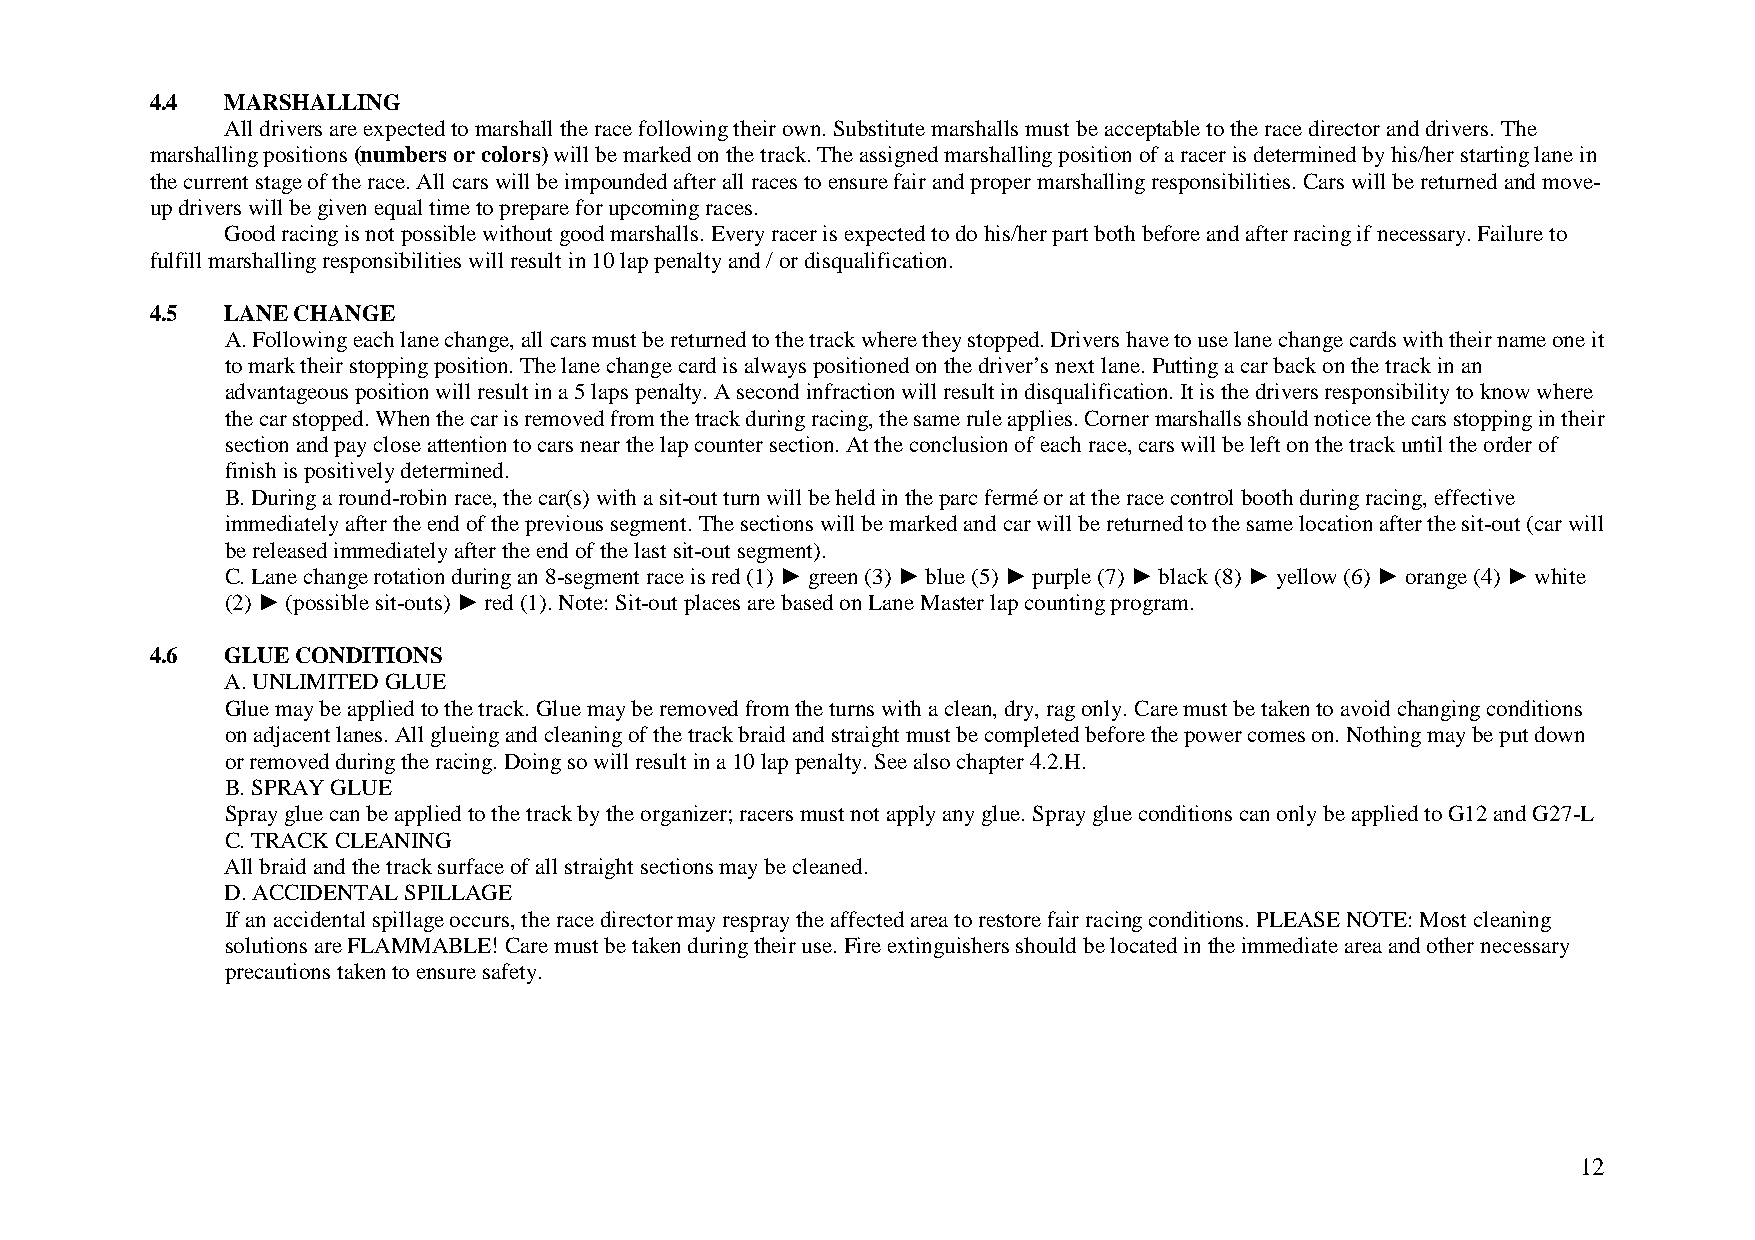
4.4  MARSHALLING
 All drivers are expected to marshall the race following their own. Substitute marshalls must be acceptable to the race director and drivers. The
 marshalling positions (numbers or colors) will be marked on the track. The assigned marshalling position of a racer is determined by his/her starting lane in
 the current stage of the race. All cars will be impounded after all races to ensure fair and proper marshalling responsibilities. Cars will be returned and move-
 up drivers will be given equal time to prepare for upcoming races.
 Good racing is not possible without good marshalls. Every racer is expected to do his/her part both before and after racing if necessary. Failure to
 fulfill marshalling responsibilities will result in 10 lap penalty and / or disqualification.
 4.5  LANE CHANGE
 A. Following each lane change, all cars must be returned to the track where they stopped. Drivers have to use lane change cards with their name one it
 to mark their stopping position. The lane change card is always positioned on the driver’s next lane. Putting a car back on the track in an
 advantageous position will result in a 5 laps penalty. A second infraction will result in disqualification. It is the drivers responsibility to know where
 the car stopped. When the car is removed from the track during racing, the same rule applies. Corner marshalls should notice the cars stopping in their
 section and pay close attention to cars near the lap counter section. At the conclusion of each race, cars will be left on the track until the order of
 finish is positively determined.
 B. During a round-robin race, the car(s) with a sit-out turn will be held in the parc fermé or at the race control booth during racing, effective
 immediately after the end of the previous segment. The sections will be marked and car will be returned to the same location after the sit-out (car will
 be released immediately after the end of the last sit-out segment).
 C. Lane change rotation during an 8-segment race is red (1) ► green (3) ► blue (5) ► purple (7) ► black (8) ► yellow (6) ► orange (4) ► white
 (2) ► (possible sit-outs) ► red (1). Note: Sit-out places are based on Lane Master lap counting program.
 4.6  GLUE CONDITIONS
 A. UNLIMITED GLUE
 Glue may be applied to the track. Glue may be removed from the turns with a clean, dry, rag only. Care must be taken to avoid changing conditions
 on adjacent lanes. All glueing and cleaning of the track braid and straight must be completed before the power comes on. Nothing may be put down
 or removed during the racing. Doing so will result in a 10 lap penalty. See also chapter 4.2.H.
 B. SPRAY GLUE
 Spray glue can be applied to the track by the organizer; racers must not apply any glue. Spray glue conditions can only be applied to G12 and G27-L
 C. TRACK CLEANING
 All braid and the track surface of all straight sections may be cleaned.
 D. ACCIDENTAL SPILLAGE
 If an accidental spillage occurs, the race director may respray the affected area to restore fair racing conditions. PLEASE NOTE: Most cleaning
 solutions are FLAMMABLE! Care must be taken during their use. Fire extinguishers should be located in the immediate area and other necessary
 precautions taken to ensure safety.
 12